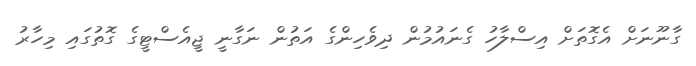
ގާނޫނަށް އެގޮތަށް އިސްލާހު ގެނައުމުން ދިވެހިންގެ އަތުން ނަގާނީ ޖީއެސްޓީގެ ގޮތުގައި މިހާރު